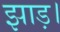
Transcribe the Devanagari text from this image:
झाड़।